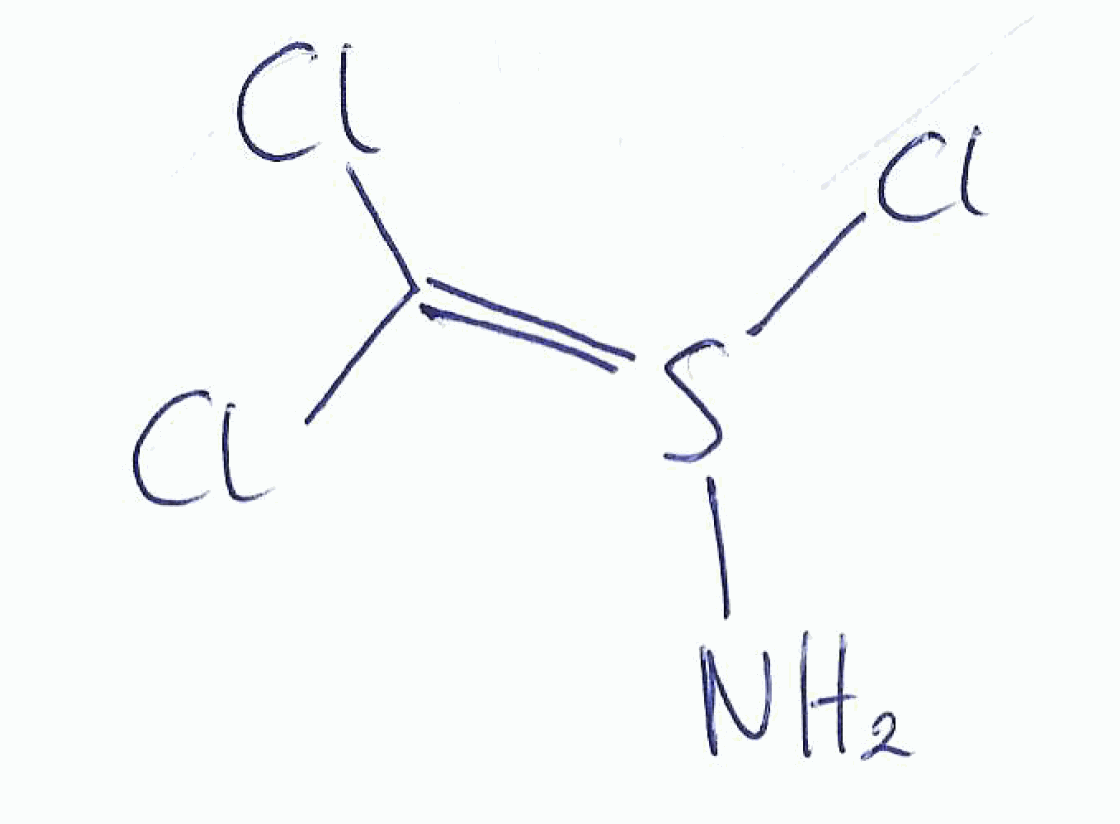
Simplified molecular-input line-entry system (SMILES) notation of the given molecule:
C(=S(N)Cl)(Cl)Cl